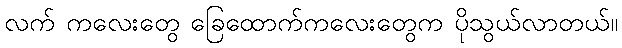
လက် ကလေးတွေ ခြေထောက်ကလေးတွေက ပိုသွယ်လာတယ်။